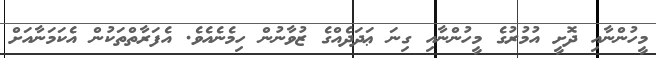
މީހުންނާއި ދޮށީ އުމުރުގެ މީހުންނާއި ގިނަ ޢަދަދެއްގެ ޒުވާނުން ހިމެނެއެވެ. އެފަރާތްތަކުން އެކަމަނާއަށް